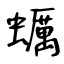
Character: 蠣